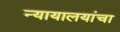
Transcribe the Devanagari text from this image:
न्यायालयांचा